Report on vaccination in the Province of Bengal - 1874-1889
Year: 1874
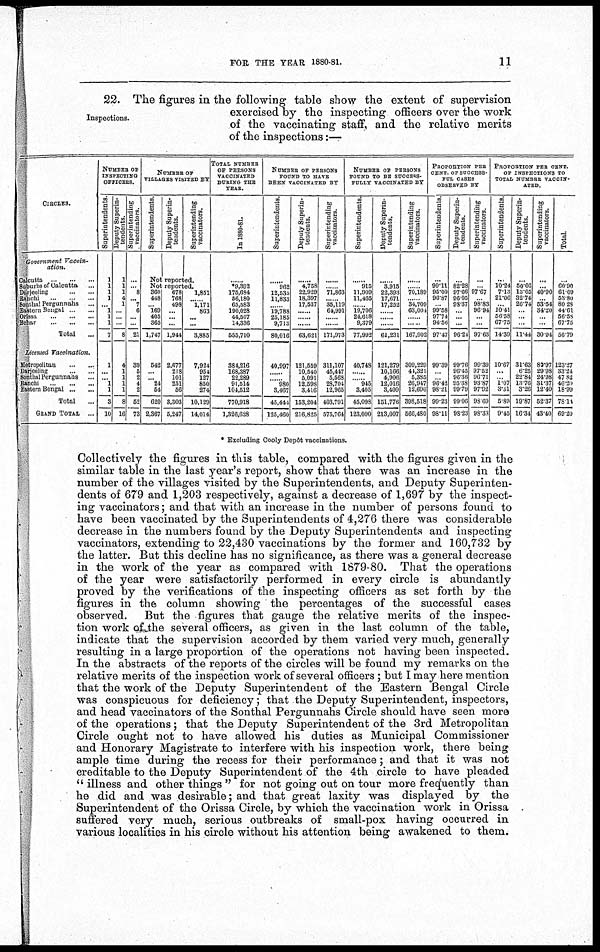
FOR THE YEAR 1880-81.
11
Inspections.
22. The figures in the following table show the extent of supervision
exercised by the inspecting officers over the work
of the vaccinating staff, and the relative merits
of the inspections:—
CIRCLES.
Government
Vaccin-
ation.
Calcutta
...
...
...
Suburbs of Calcutta ...
Darjeeling
...
...
...
Ranchi ... ... ...
Sonthal Pergunnahs ...
Eastern Bengal ... ...
Orissa ... ...
Behar
...
...
...
Total
...
Licensed
Vaccination.
Metropolitan
...
...
Darjeeling
...
...
Sonthal Pergunnahs ...
Ranchi ... ...
Eastern Bengal
...
...
Total ...
GRAND TOTAL
...
NUMBER OF
INSPECTING
OFFICERS.
Superintendents.
1
1
1
1
...
1
1
1
7
1
...
... 1
1
3
10
Deputy Superin-
tendents.
1
1
1
4
1 ...
..
...
8
4
1
1
1
1
8
16
Superintending
vaccinators.
...
...
8
... 7
6
...
...
21
39
5
2
4
2
52
78
NUMBER OF
VILLAGES VISITED BY
Superintendents.
Deputy Superin-
tendents.
Superintending
vaccinators.
Not reported.
Not reported.
360
448
... 169
405
365
1,747
543
...
... 24
54
620
2,367
678
768
498
...
...
...
1,944
2,677
218
101
251
56
3,303
5,247
1,851
......
1,171
863
...
...
3,885
7,924
954
127
850
274
10,129
14,014
TOTAL NUMBER
OF PERSONS
VACCINATED
DURING THE
YEAR.
In 1880-81.
......
*9,392
175,684
56,180
65,583
190,028
44,507
14,336
555,710
384,216
168,387
22,289
91,514
104,512
770,918
1,326,628
NUMBER OF PERSONS
POUND TO HAVE
BEEN VACCINATED BY
Superintendents.
......
962
12,535
11,833
......
19,788
25,185
9,713
80,016
40,997
......
...... 980
3,467
45,444
125,460
Deputy Superin-
tendents.
......
4,758
22,929
18,397
17,537
......
63,621
121,559
10,540
5,091
12,598
3,416
153,204
216,825
Superintending
vaccinators.
......
......
71,863
......
35,119
64,991
......
......
171,973
311,107
45,447
5,568
28,704
12,965
403,791
575,764
NUMBER OF PERSONS
FOUND TO BE SUCCESS-
FULLY VACCINATED BY
Superintendents.
......
915
11,909
11,465
......
19,706
24,618
9,379
77,992
40,748
......
...... 945
3,405
45,098
123,090
Deputy Superin-
tendents.
......
3,915
22,393
17,671
17,252
......
......
......
61,231
121,279
10,166
4,906
12,016
3,409
151,776
213,007
Superintending
vaccinators.
......
......
70,189
......
34,709
63,004
......
......
167,902
309,229
44,321
5,385
26,947
12,696
398,518
566,480
PROPORTION PER
CENT. OF SUCCESS-
FUL CASES
OBSERVED BY
Superintendents.
...
99.11
95.00
96.87
......
99.58
97.74
96.56
97.47
99.39
......
...... 96.42
98.21
99.23
98.11
Deputy Superin-
tendents.
...
82.28
97.66
96.05
93.87
...
...
...
96.24
99.76
96.45
96.36
95.38
99.79
99.06
98.23
Superintending
vaccinators.
...
...
97.67
...
98.83
96.94
...
...
97.63
99.39
97.52
96.71
93.87
97.92
93.69
98.33
PROPORTION PER CENT.
OF INSPECTIONS TO
TOTAL NUMBER VACCIN-
ATED.
Superintendents.
...
10.24
7.13
21.06
... 10.41
56.58
67.75
14.39
10.67
...
... 1.07
3.31
5.89
9.45
Deputy Superin-
tendents.
...
50.66
13.05
32.74
26.74
...
...
...
11.44
31.63
6.25
22.84
13.76
3.26
19.87
16.31
Superintending
vaccinators.
...
...
40.90
...
53.54
34.20
...
...
30.94
80.97
29.98
24.98
31.37
12.40
52.37
43.40
Total.
...
60.90
61.09
53.80
80.28
44.61
56.58
67.75
56.79
123.27
33.24
47.82
46.20
18.99
78.14
69.20
* Excluding Cooly Depôt vaccinations.
Collectively the figures in this table, compared with the figures given in the
similar table in the last year's report, show that there was an increase in the
number of the villages visited by the Superintendents, and Deputy Superinten-
dents of 679 and 1,203 respectively, against a decrease of 1,697 by the inspect-
ing vaccinators; and that with an increase in the number of persons found to
have been vaccinated by the Superintendents of 4,276 there was considerable
decrease in the numbers found by the Deputy Superintendents and inspecting
vaccinators, extending to 22,430 vaccinations by the former and 160,732 by
the latter. But this decline has no significance, as there was a general decrease
in the work of the year as compared with 1879-80. That the operations
of the year were satisfactorily performed in every circle is abundantly
proved by the verifications of the inspecting officers as set forth by the
figures in the column showing the percentages of the successful cases
observed. But the figures that gauge the relative merits of the inspec-
tion work of the several officers, as given in the last column of the table,
indicate that the supervision accorded by them varied very much, generally
resulting in a large proportion of the operations not having been inspected.
In the abstracts of the reports of the circles will be found my remarks on the
relative merits of the inspection work of several officers ; but I may here mention
that the work of the Deputy Superintendent of the Eastern Bengal Circle
was conspicuous for deficiency; that the Deputy Superintendent, inspectors,
and head vaccinators of the Sonthal Pergunnahs Circle should have seen more
of the operations; that the Deputy Superintendent of the 3rd Metropolitan
Circle ought not to have allowed his duties as Municipal Commissioner
and Honorary Magistrate to interfere with his inspection work, there being
ample time during the recess for their performance; and that it was not
creditable to the Deputy Superintendent of the 4th circle to have pleaded
" illness and other things " for not going out on tour more frequently than
he did and was desirable; and that great laxity was displayed by the
Superintendent of the Orissa Circle, by which the vaccination work in Orissa
suffered very much, serious outbreaks of small-pox having occurred in
various localities in his circle without his attention being awakened to them.